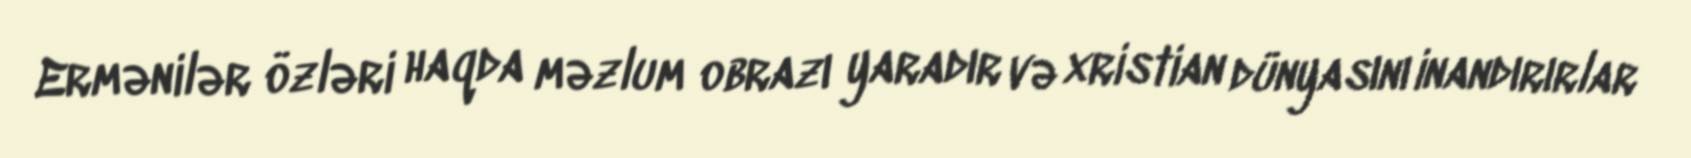
Ermənilər özləri haqda məzlum obrazı yaradır və xristian dünyasını inandırırlar